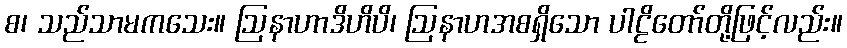
စ၊ သည်သာမကသေး။ ဩနာဟာဒိဟိပိ၊ ဩနာဟအစရှိသော ပါဠိတော်တို့ဖြင့်လည်း။